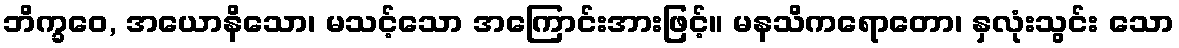
ဘိက္ခဝေ, အယောနိသော၊ မသင့်သော အကြောင်းအားဖြင့်။ မနသိကရောတော၊ နှလုံးသွင်း သော